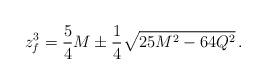
LaTeX: \begin{align*}z_f ^3 = {5\over4}M \pm {1\over 4} \sqrt{25M^2-64Q^2} \, .\end{align*}